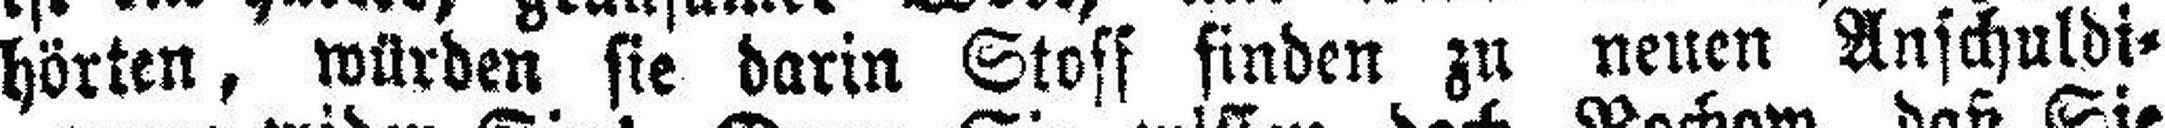
hörten, würden sie darin Stoff finden zu neuen Aufchuldi¬